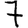
Digit: 7